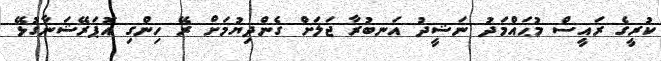
ކުރީގެ ރައީސް މުޙައްމަދު ނަޝީދު އަނބުރާ ޖަލަށް ގެންދިޔުމަށް ރޭ ހިންގި އޮޕަރޭޝަނާގުޅޭ